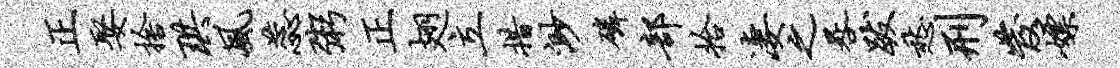
正娶舍珙风蕊粥正翅立措渺磷部拾凄之晷跋愁刑发嫖